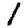
Digit: 1